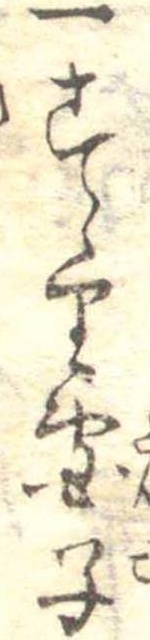
一すゝり団子